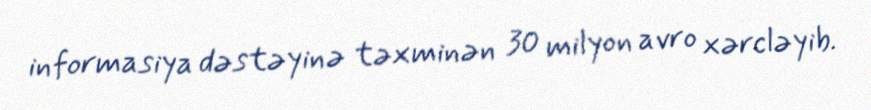
informasiya dəstəyinə təxminən 30 milyon avro xərcləyib.